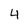
Character: 4